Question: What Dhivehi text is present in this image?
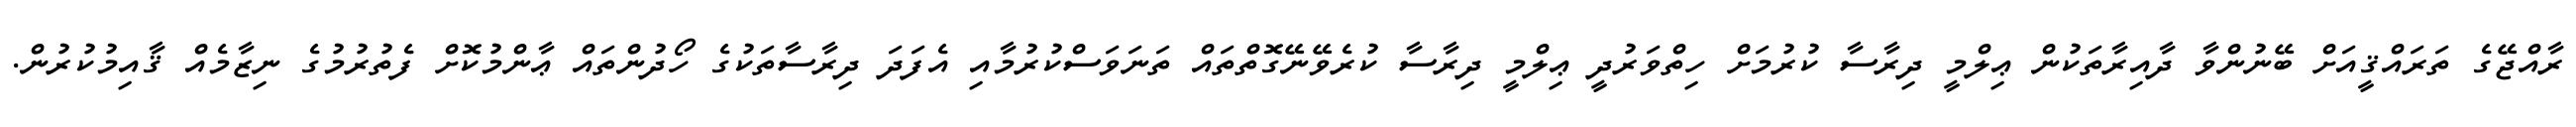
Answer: ރާއްޖޭގެ ތަރައްޤީއަށް ބޭނުންވާ ދާއިރާތަކުން ޢިލްމީ ދިރާސާ ކުރުމަށް ހިތްވަރުދީ ޢިލްމީ ދިރާސާ ކުރެވޭނޭގޮތްތައް ތަނަވަސްކުރުމާއި އެފަދަ ދިރާސާތަކުގެ ހޯދުންތައް ޢާންމުކޮށް ފެތުރުމުގެ ނިޒާމެއް ޤާއިމުކުރުން.